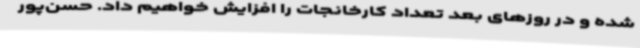
شده و در روزهای بعد تعداد کارخانجات را افزایش خواهیم داد. حسن‌پور